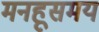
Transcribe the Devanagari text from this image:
मनहूसमय